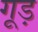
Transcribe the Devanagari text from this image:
गूड़